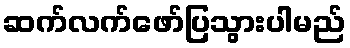
ဆက်လက်ဖော်ပြသွားပါမည်